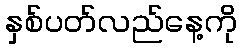
နှစ်ပတ်လည်နေ့ကို